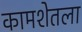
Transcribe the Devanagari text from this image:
कामशेतला